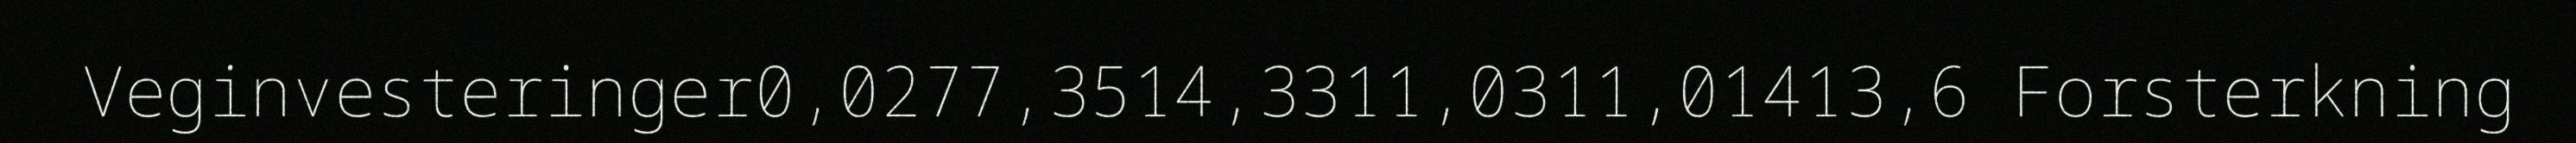
Veginvesteringer0,0277,3514,3311,0311,01413,6 Forsterkning